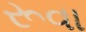
રૂવા